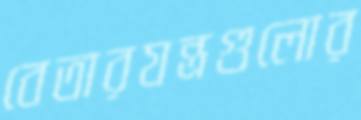
বেতারযন্ত্রগুলোর